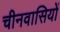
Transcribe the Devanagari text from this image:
चीनवासियों